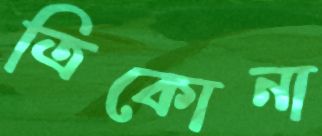
ত্রিকোনা